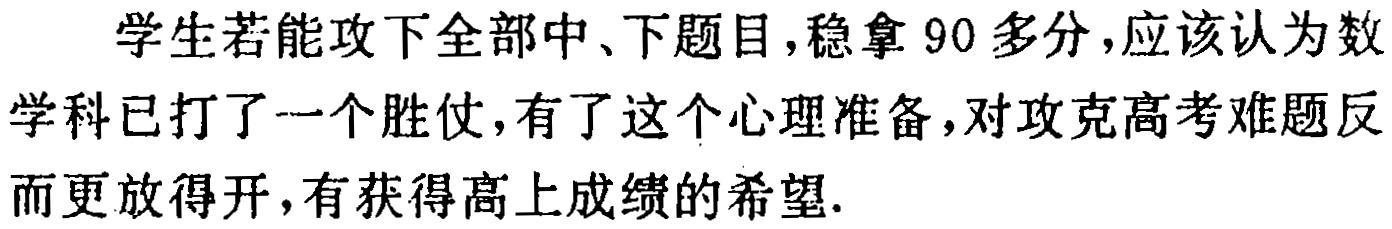
学生若能攻下全部中、下题目,稳拿 90 多分,应该认为数学科已打了一个胜仗,有了这个心理准备,对攻克高考难题反而更放得开,有获得高上成绩的希望.